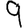
Digit: 9